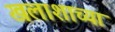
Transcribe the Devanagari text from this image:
खलाशाच्या